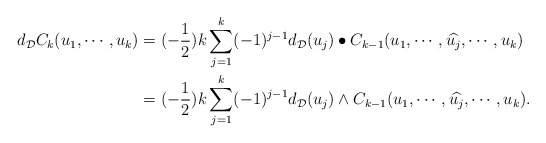
\begin{align*}d_\mathcal{D}C_k(u_1,\cdots,u_k)&=(-\frac{1}{2})k\sum_{j=1}^k(-1)^{j-1}d_\mathcal{D}(u_j)\bullet C_{k-1}(u_1,\cdots,\widehat{u_j},\cdots,u_k) \\&=(-\frac{1}{2})k\sum_{j=1}^k(-1)^{j-1}d_\mathcal{D}(u_j)\wedge C_{k-1}(u_1,\cdots,\widehat{u_j},\cdots,u_k).\end{align*}